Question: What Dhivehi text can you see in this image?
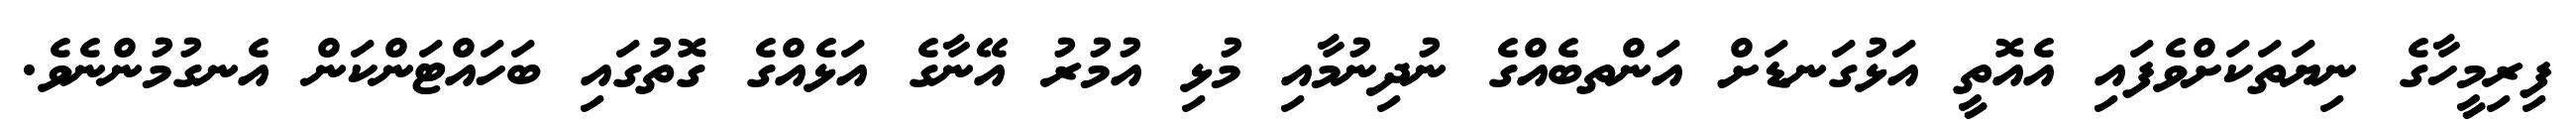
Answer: ފިރިމީހާގެ ނިޔަތަކަށްވެފައި އެއޮތީ އަޅުގަނޑަށް އަންތބެއްގެ ނުދިނުމާއި މުޅި އުމުރު އޭނާގެ އަޅެއްގެ ގޮތުގައި ބަހައްޓަންކަން އެނގުމުންނެވެ.